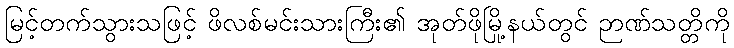
မြင့်တက်သွားသဖြင့် ဖိလစ်မင်းသားကြီး၏ အုတ်ဖိုမြို့နယ်တွင် ဉာဏ်သတ္တိကို